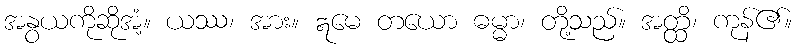
အနွယကိုဆိုအံ့။ ယဿ၊ အား။ ဣမေ တယော ဓမ္မာ၊ တို့သည်။ အတ္ထိ၊ ကုန်၏။